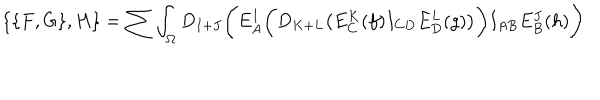
\{ \{ F , G \} , H \} = \sum \int _ { \Omega } D _ { I + J } \Biggl ( E _ { A } ^ { I } \biggl ( D _ { K + L } \bigl ( E _ { C } ^ { K } ( f ) I _ { C D } E _ { D } ^ { L } ( g ) \bigr ) \biggr ) I _ { A B } E _ { B } ^ { J } ( h ) \Biggr )